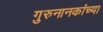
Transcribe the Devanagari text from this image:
गुरुनानकांच्या